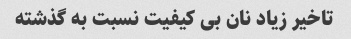
تاخیر زیاد نان بی کیفیت نسبت به گذشته